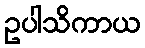
ဥပါသိကာယ